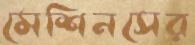
মেশিনসের